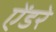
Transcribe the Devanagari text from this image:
ऐंडरे